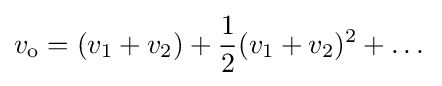
v_{\mathrm {o} }=(v_{1}+v_{2})+{\frac {1}{2}}(v_{1}+v_{2})^{2}+\dots